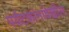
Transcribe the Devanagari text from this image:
पर्यटकांनादेखील